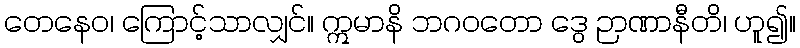
တေနေဝ၊ ကြောင့်သာလျှင်။ ဣမာနိ ဘဂဝတော ဒွေ ဉာဏာနီတိ၊ ဟူ၍။